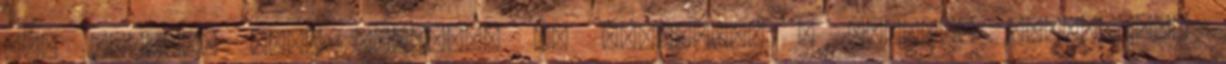
egy Fakonya nevű faluban, 60 mérföldre a kerület regionális